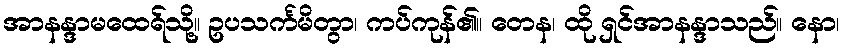
အာနန္ဒာမထေရ်သို့။ ဥပသင်္ကမိတွာ၊ ကပ်ကုန်၏။ တေန၊ ထို ရှင်အာနန္ဒာသည်။ နော၊